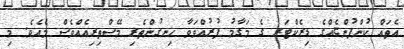
އެތައް ކުންފުންޏެއްގެ ޑިރެކްޓަރ ގެ މަގާމު ފުރުއްވަވާ ހިނގުންތެރި މޭސްތިރިއެއްވެސް މެއެވެ. މި